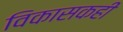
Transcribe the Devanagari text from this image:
विकासकही